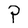
Character: P